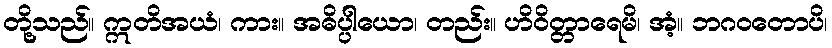
တို့သည်။ ဣတိအယံ၊ ကား။ အဓိပ္ပါယော၊ တည်း။ ဟိဝိတ္တာရေမိ၊ အံ့။ ဘဂဝတောပိ၊